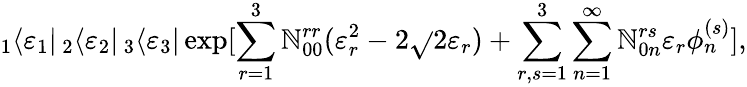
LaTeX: _1\langle\varepsilon_{1}|\, _{2}\langle\varepsilon_{2}|\, _{3}\langle\varepsilon_{3}|\exp[\sum_{r=1}^{3}\mathbb{N}_{00}^{rr}(\varepsilon_{r}^{2}-2\sqrt{}{{2}}\varepsilon_{r})+\sum_{r,s=1}^{3}\sum_{n=1}^{\infty}\mathbb{N}_{0n}^{rs}\varepsilon_{r}\phi_{n}^{(s)}],